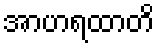
အာဟရထာတိ